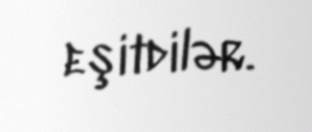
eşitdilər.